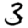
Digit: 3